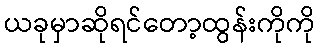
ယခုမှာဆိုရင်တော့ထွန်းကိုကို